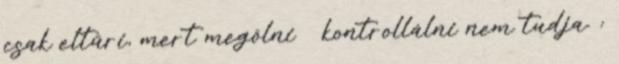
csak eltűri, mert megölni kontrollálni nem tudja. :